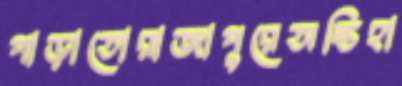
পাড়াতোরাজাপুরেঅন্তিহা